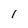
Character: 1